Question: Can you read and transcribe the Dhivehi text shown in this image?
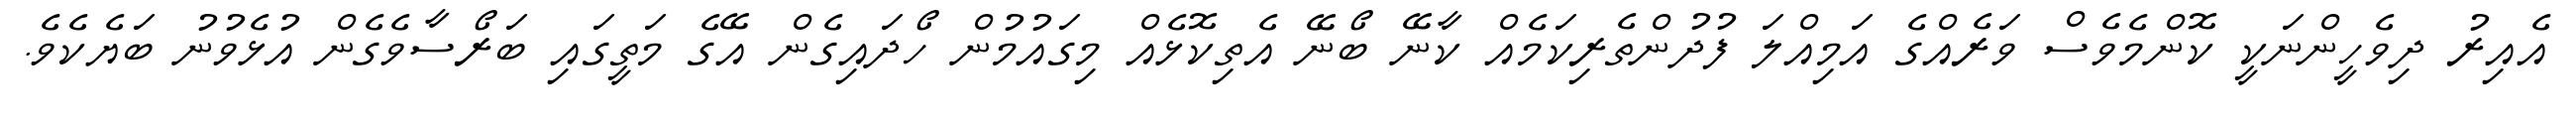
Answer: އެއިރު ދިވެހީންނަކީ ކޮންމެވެސް ވަރެއްގެ އަމިއްލަ ފުދުންތެރިކަމެއް ކާނޭ ބޯނޭ އެތިކޮޅެއް މިގައުމުން ހޯދައިގެން އޭގެ މަތީގައި ބަރޯސާވެގެން އުޅެވުނު ބަޔެކެވެ.